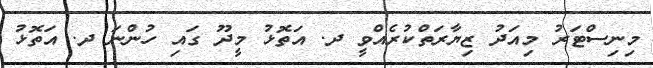
މިނިސްޓަރު މިއަދު ޒިޔާރަތްކުރެއްވީ ދ. އަތޮޅު މީދޫ ގައި ހުންނަ ދ. އަތޮޅު